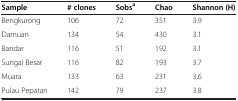
<table><thead><tr><td><b>Sample</b></td><td><b># clones</b></td><td><b>Sobs<sup>a</sup></b></td><td><b>Chao</b></td><td><b>Shannon (H)</b></td></tr></thead><tbody><tr><td>Bengkurong</td><td>106</td><td>72</td><td>351</td><td>3.9</td></tr><tr><td>Damuan</td><td>134</td><td>54</td><td>430</td><td>3.1</td></tr><tr><td>Bandar</td><td>116</td><td>51</td><td>192</td><td>3.1</td></tr><tr><td>Sungai Besar</td><td>116</td><td>82</td><td>193</td><td>3.7</td></tr><tr><td>Muara</td><td>133</td><td>63</td><td>231</td><td>3.6</td></tr><tr><td>Pulau Pepatan</td><td>142</td><td>79</td><td>237</td><td>3.8</td></tr></tbody></table>